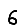
Digit: 6